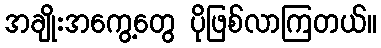
အချိုးအကွေ့တွေ ပိုဖြစ်လာကြတယ်။